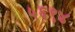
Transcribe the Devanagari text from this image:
५६९४